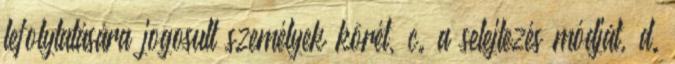
lefolytatására jogosult személyek körét, c. a selejtezés módját, d.